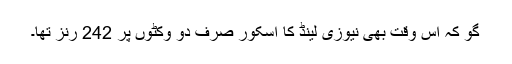
گو کہ اس وقت بھی نیوزی لینڈ کا اسکور صرف دو وکٹوں پر 242 رنز تھا۔